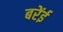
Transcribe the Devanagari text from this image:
बरेंई